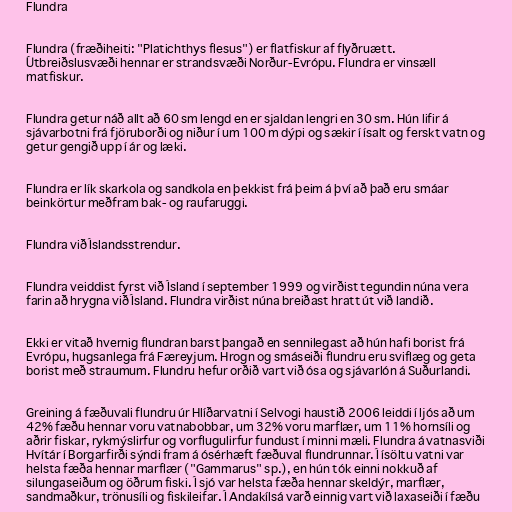
Flundra

Flundra (fræðiheiti: "Platichthys flesus") er flatfiskur af flyðruætt.
Útbreiðslusvæði hennar er strandsvæði Norður-Evrópu. Flundra er vinsæll
matfiskur.

Flundra getur náð allt að 60 sm lengd en er sjaldan lengri en 30 sm. Hún lifir á
sjávarbotni frá fjöruborði og niður í um 100 m dýpi og sækir í ísalt og ferskt vatn og
getur gengið upp í ár og læki.

Flundra er lík skarkola og sandkola en þekkist frá þeim á því að það eru smáar
beinkörtur meðfram bak- og raufaruggi.

Flundra við Íslandsstrendur.

Flundra veiddist fyrst við Ísland í september 1999 og virðist tegundin núna vera
farin að hrygna við Ísland. Flundra virðist núna breiðast hratt út við landið.

Ekki er vitað hvernig flundran barst þangað en sennilegast að hún hafi borist frá
Evrópu, hugsanlega frá Færeyjum. Hrogn og smáseiði flundru eru sviflæg og geta
borist með straumum. Flundru hefur orðið vart við ósa og sjávarlón á Suðurlandi.

Greining á fæðuvali flundru úr Hlíðarvatni í Selvogi haustið 2006 leiddi í ljós að um
42% fæðu hennar voru vatnabobbar, um 32% voru marflær, um 11% hornsíli og
aðrir fiskar, rykmýslirfur og vorflugulirfur fundust í minni mæli. Flundra á vatnasviði
Hvítár í Borgarfirði sýndi fram á ósérhæft fæðuval flundrunnar. Í ísöltu vatni var
helsta fæða hennar marflær ("Gammarus" sp.), en hún tók einni nokkuð af
silungaseiðum og öðrum fiski. Í sjó var helsta fæða hennar skeldýr, marflær,
sandmaðkur, trönusíli og fiskileifar. Í Andakílsá varð einnig vart við laxaseiði í fæðu